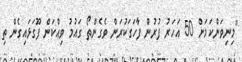
"މިނިވަންކަމަށް 50 އަހަރު ފުރުން ފާހަގަކުރަން ވެގެންތޯ ގައުމު ވިއްކަން ފޫގަޅައިގެން ތި